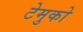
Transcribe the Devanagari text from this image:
टेमुको